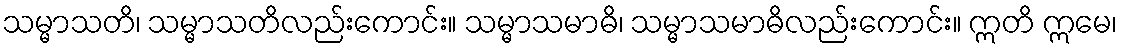
သမ္မာသတိ၊ သမ္မာသတိလည်းကောင်း။ သမ္မာသမာဓိ၊ သမ္မာသမာဓိလည်းကောင်း။ ဣတိ ဣမေ၊